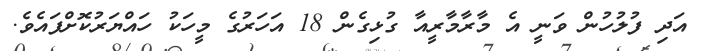
އަދި ފުލުހުން ވަނީ އެ މާރާމާރީއާ ގުޅިގެން 18 އަހަރުގެ މީހަކު ހައްޔަރުކޮށްފައެވެ.